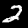
Label: 2